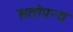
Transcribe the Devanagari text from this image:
सतोपन्थ